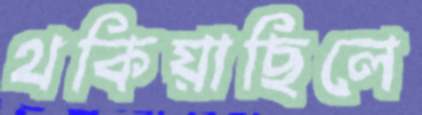
থকিয়াছিলে